Leaving Certificate, 1900
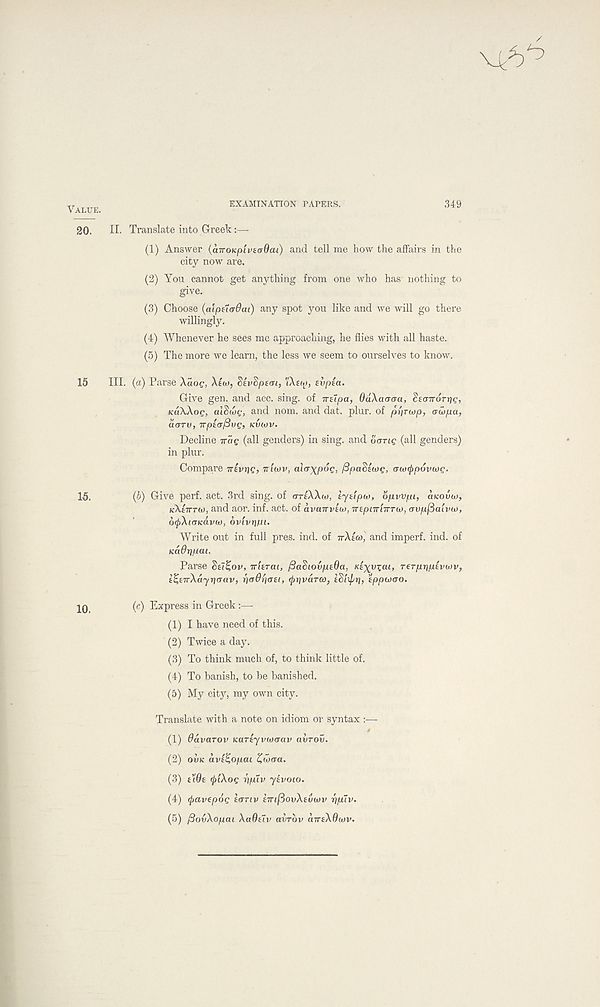
VALUE.
EXAMINATION PAPERS.
349
20.
II. Translate into Greek:—
(1) Answer (airoKpivaaOcu) and tell me how the affairs in the
city now are.
(2) You cannot get anything from one who has nothing to
give.
(3) Choose (alpHcrOai) any spot you like and we will go there
willingly.
(4) Whenever he sees me approaching, he flies with all haste.
(5) The more we learn, the less we seem to ourselves to know.
15
III. (a) Parse Aaoe, Xiw, StvSptm, 'IXtco, evpta.
Give gen. and acc. sing, of irupa, OuXaauu, SeaTrdrtig,
KuXXog, alSu>c, and nom. and dat. plur. of pi'trwp, aiXpa,
iioTv, Trpia/3vQ, KVWV.
Decline ITCIQ (all genders) in sing, and OGTIQ (all genders)
in plur.
Compare nivtjg, ntwv, ala^pog, /SpaStwg, awtypovwg.
15.
(b) Give perf. act. 3rd sing, of (TTIXXM, iyzipw, opwpi, OKOUW,
tiktiTTh), and aor. inf. act. of dvairvtu), TrepiiriirTU), (rvp/Saivw,
6<pXi(TKdvw, ovivrj/ui.
Write out in full pres. ind. of vXeco, and imperf. ind. of
Kadripcu.
Parse Set^ov, irierat, /BaSiovptOa, Kt^yzcu, rerpripivuiv,
l^eirXdyrjaav, r)a6r)(j£i, ^rjvarft), tSixpr), eppuyao.
10
(c) Express in Greek:—
(1) I have need of this.
(2) Twice a day.
(3) To think much of, to think little of.
(4) To banish, to be banished.
(5) My city, my own city.
Translate with a note on idiom or syntax :—-
(1) Zavarov Kariyvuyijav avrov.
(2) OVK dvt^opcu Zwa-a.
(3) tWe (jyiXog r\puv ytvoio.
(4) (jyavepog tanv eirifiovXeuwv ripuv.
(5) /3ovXop.cu XaOelv avrbv ctTrsXdwv.